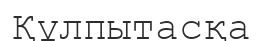
Құлпытасқа